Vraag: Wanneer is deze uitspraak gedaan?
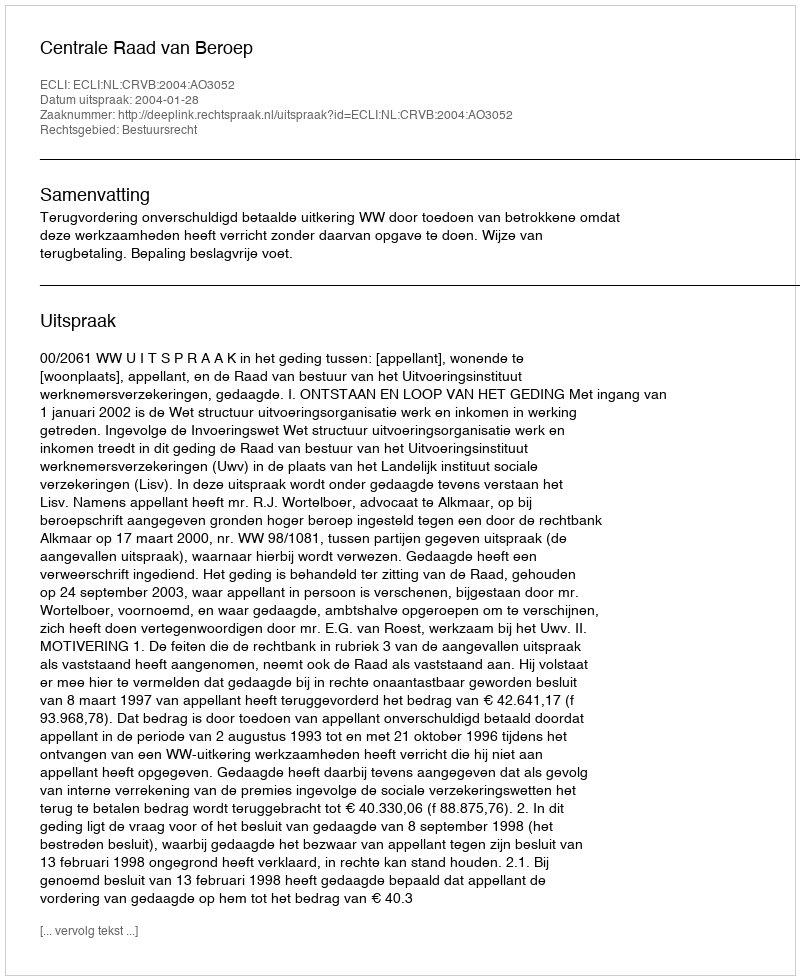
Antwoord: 2004-01-28